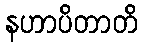
နဟာပိတာတိ